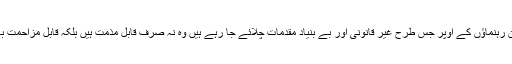
اپوزیشن رہنماؤں کے اوپر جس طرح غیر قانونی اور بے بنیاد مقدمات چلائے جا رہے ہیں وہ نہ صرف قابلِ مذمت ہیں بلکہ قابلِ مزاحمت بھی ہیں۔